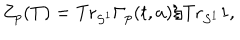
LaTeX: Z _ { p } ( T ) = \mathrm { T r } _ { S ^ { 1 } } \Gamma _ { p } ( t , a ) / \mathrm { T r } _ { S ^ { 1 } } 1 ,